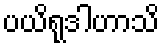
ပယိရုဒါဟာသိ